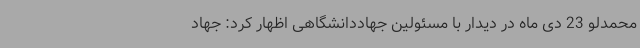
محمدلو 23 دی ماه در دیدار با مسئولین جهاددانشگاهی اظهار کرد: جهاد